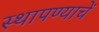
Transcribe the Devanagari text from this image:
स्थापण्याचें